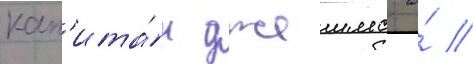
кап'ита́н джеимс а́ //